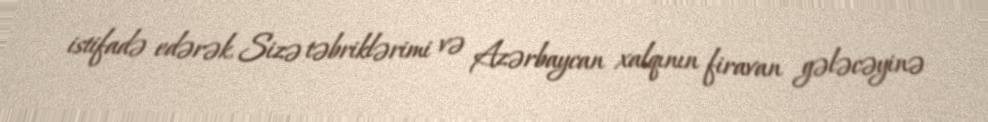
istifadə edərək, Sizə təbriklərimi və Azərbaycan xalqının firavan gələcəyinə